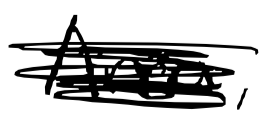
Text: Area,
Cross-out: scratch
Writing tool: digital_black